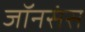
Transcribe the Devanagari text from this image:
जॉनसंस